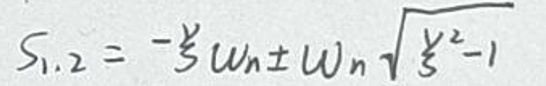
$S _ { 1, 2 } = - \frac { 3 } { 2 } w _ { n } \pm w _ { n } \sqrt { \frac { 5 } { 4 } ^ { 2 } - 1 }$